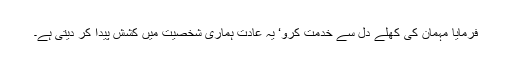
فرمایا مہمان کی کھلے دل سے خدمت کرو‘ یہ عادت ہماری شخصیت میں کشش پیدا کر دیتی ہے۔